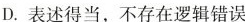
D.表述得当，不存在逻辑错误